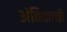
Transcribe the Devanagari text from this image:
अंबिकाची